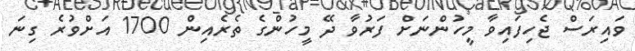
ވައިރަސް ޖެހިފައިވާ މީހުންނަށް ފަރުވާ ދޭ މީހުންގެ ތެރެއިން 1700 އަށްވުރެ ގިނަ